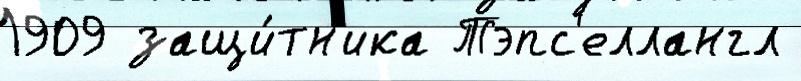
1909 защи́тн'ика Тэпс'еллангл